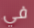
في